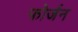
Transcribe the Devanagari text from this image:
फोर्जन